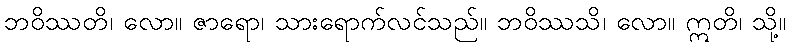
ဘဝိဿတိ၊ လော။ ဇာရော၊ သားရောက်လင်သည်။ ဘဝိဿသိ၊ လော။ ဣတိ၊ သို့။